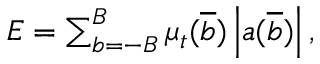
\begin{array} { r } { E = \sum _ { b = - B } ^ { B } \mu _ { t } ( \overline { { b } } ) \left| a ( \overline { { b } } ) \right| , } \end{array}